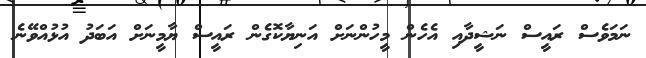
ނަމަވެސް ރައީސް ނަޝީދާއި އެހެން މީހުންނަށް އަނިޔާކޮގެން ރައީސް ޔާމީނަށް އަބަދު އުޅުއްވޭނެ